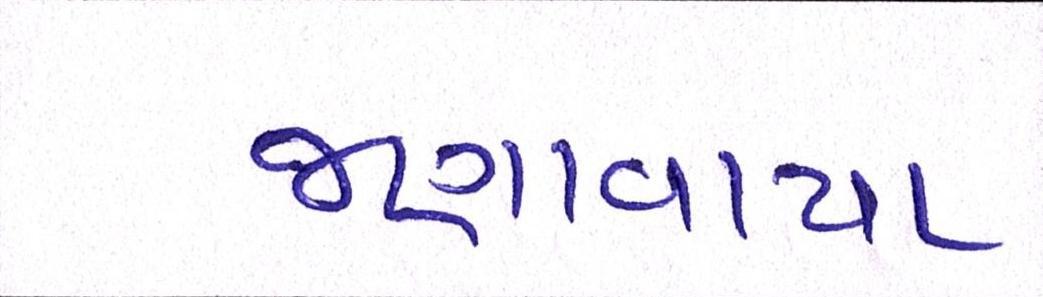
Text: જણાવાયા